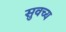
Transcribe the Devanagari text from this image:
सुवच्य